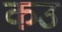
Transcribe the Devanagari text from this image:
कउ